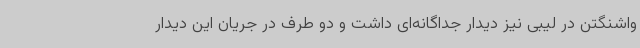
واشنگتن در لیبی نیز دیدار جداگانه‌ای داشت و دو طرف در جریان این دیدار